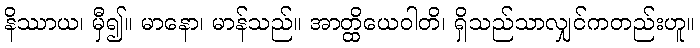
နိဿာယ၊ မှီ၍။ မာနော၊ မာန်သည်။ အာတ္ထိယေဝါတိ၊ ရှိသည်သာလျှင်ကတည်းဟူ။